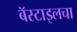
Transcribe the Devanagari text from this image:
बॅस्टाइलचा